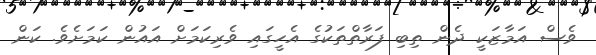
ވެސް އަމާޒަކީ ދެން ތިބި ފަރާތްތަކުގެ އެހީގައި ވެރިކަމަށް އައުން ކަމަށެވެ. ކަން